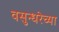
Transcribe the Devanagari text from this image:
वसुन्धरेच्या